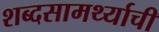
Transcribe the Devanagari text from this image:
शब्दसामर्थ्याची